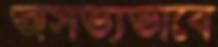
অসভ্যভাবে